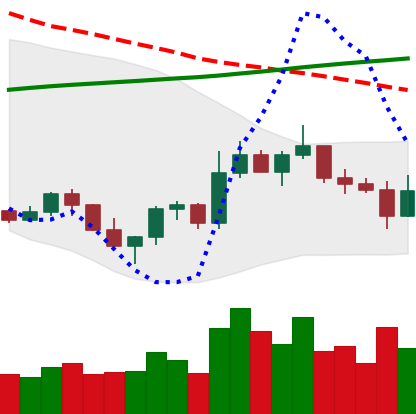
Ticker: ETC-USD
Chart end date: 2022-11-03
Forward return: -8.929%
Label: down_7plus